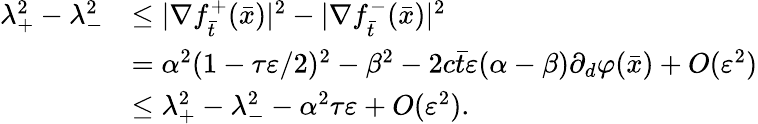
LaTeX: \begin{array}{rl}{\lambda_{+}^{2}-\lambda_{-}^{2}}&{\le|\nabla f_{\bar{t}}^{+}(\bar{x})|^{2}-|\nabla f_{\bar{t}}^{-}(\bar{x})|^{2}}\\ &{=\alpha^{2}(1-\tau\varepsilon/2)^{2}-\beta^{2}-2c\bar{t}\varepsilon(\alpha-\beta)\partial_{d}\varphi(\bar{x})+O(\varepsilon^{2})}\\ &{\le\lambda_{+}^{2}-\lambda_{-}^{2}-\alpha^{2}\tau\varepsilon+O(\varepsilon^{2}).}\end{array}